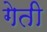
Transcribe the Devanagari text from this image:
गेती